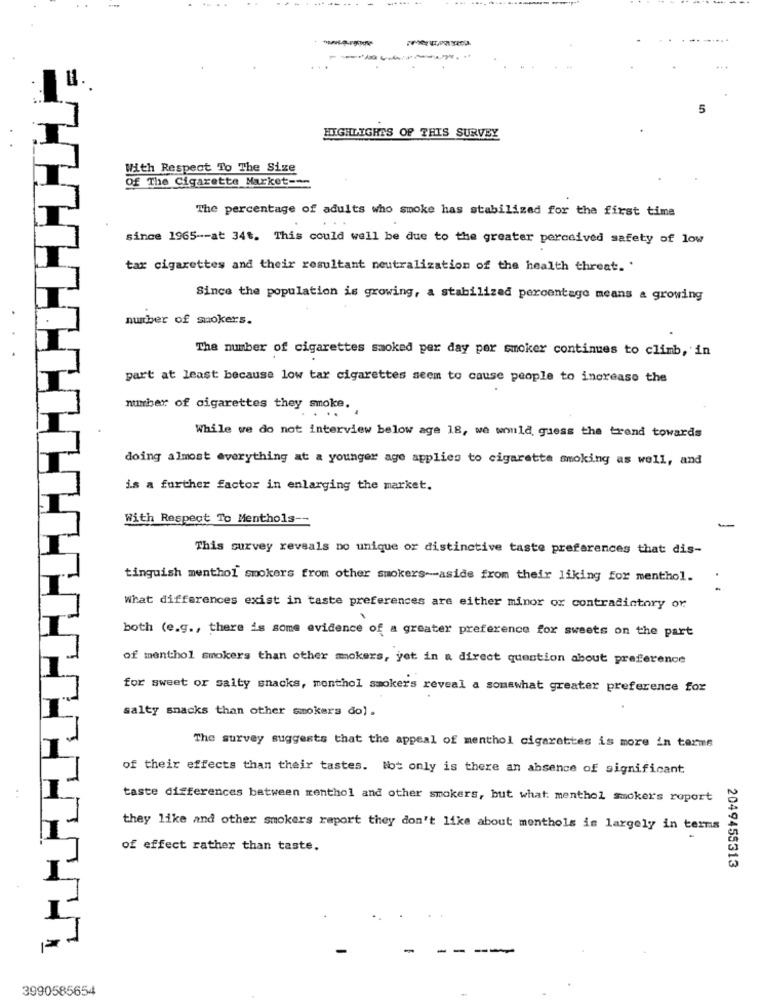
-
HIGHLIGHTS OF THIS SURVEY
With Respect To The Size
Of The Cigarette Market ---
The percentage of adults who smoke has stabilized for the first time
...
since 1965 -- at 346. This could well be due to the greater perceived safety of low
tar cigarettes and their resultant neutralization of the health threat. .
Since the population is growing, a stabilized percentage means a growing
number of smokers.
The number of cigarettes smoked per day per smoker continues to climb, in
part at least because low tar cigarettes seem to cause people to increase the
number of cigarettes they smoke.
While we do not interview below age 18, we would guess the trend towards
doing almost everything at a younger age applies to cigarette smoking as well, and
is a further factor in enlarging the market.
With Respect To Menthols-
-
This survey reveals no unique or distinctive taste preferences that dis-
tinguish menthol smokers from other smokers -- aside from their liking for menthol.
what differences exist in taste preferences are either minor or contradictory or
both (e.g ., there is some evidence of a greater preference for sweets on the part
of menthol smokers than other mokers, yet in a direct question about preference
for sweet or salty snacks, monthol smokers reveal a somewhat greater preference for
salty snacks than other smokers do) .
The survey suggests that the appeal of menthol cigarettes is more in terms
of their effects than their tastes. Not only is there an absence of significant
taste differences between menthol and other smokers, but what: menthol smokers roport
they like and other smokers report they don't like about menthols is largely in terms
of effect rather than taste.
2049455313
I
3990585654